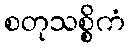
စတုသစ္စိကံ